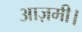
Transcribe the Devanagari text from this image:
आज़मी।